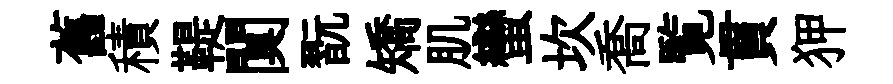
舊積鞮闃翫矯肌蠻坎喬覧貫狎